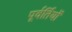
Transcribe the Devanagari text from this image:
पूर्वर्तियों